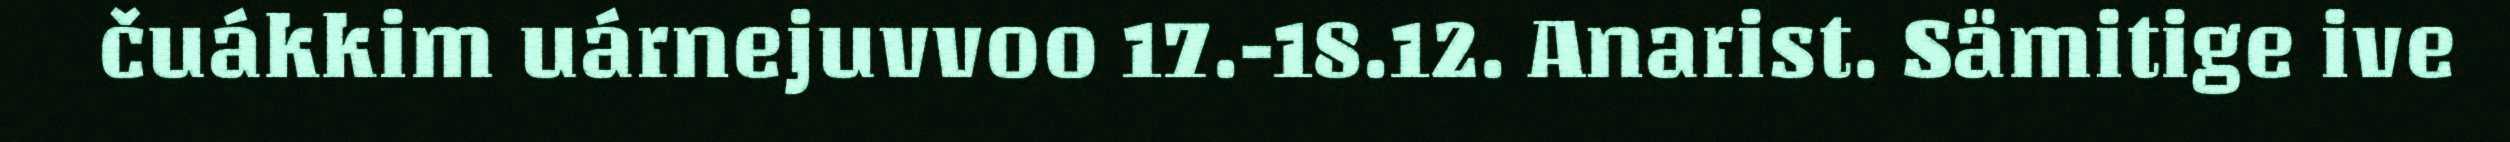
čuákkim uárnejuvvoo 17.-18.12. Anarist. Sämitige ive